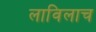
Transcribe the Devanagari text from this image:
लाविलाच